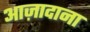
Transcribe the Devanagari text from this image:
आज़ादाना